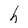
Character: h